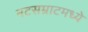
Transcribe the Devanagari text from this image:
नटसम्राटमध्ये